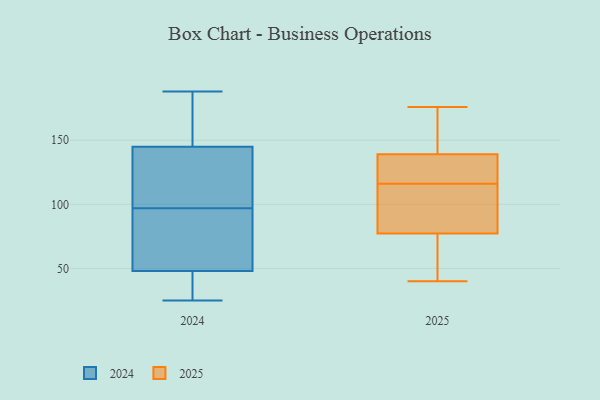
{"axis": {"x": "Backlog", "y": "Value"}, "legend": ["2024", "2025"], "data": [{"x": "", "y": 141, "type": "2024"}, {"x": "", "y": 188, "type": "2024"}, {"x": "", "y": 25, "type": "2024"}, {"x": "", "y": 155, "type": "2024"}, {"x": "", "y": 145, "type": "2024"}, {"x": "", "y": 35, "type": "2024"}, {"x": "", "y": 105, "type": "2024"}, {"x": "", "y": 72, "type": "2024"}, {"x": "", "y": 48, "type": "2024"}, {"x": "", "y": 89, "type": "2024"}, {"x": "", "y": 76, "type": "2025"}, {"x": "", "y": 81, "type": "2025"}, {"x": "", "y": 40, "type": "2025"}, {"x": "", "y": 98, "type": "2025"}, {"x": "", "y": 142, "type": "2025"}, {"x": "", "y": 58, "type": "2025"}, {"x": "", "y": 130, "type": "2025"}, {"x": "", "y": 116, "type": "2025"}, {"x": "", "y": 157, "type": "2025"}, {"x": "", "y": 123, "type": "2025"}, {"x": "", "y": 176, "type": "2025"}]}